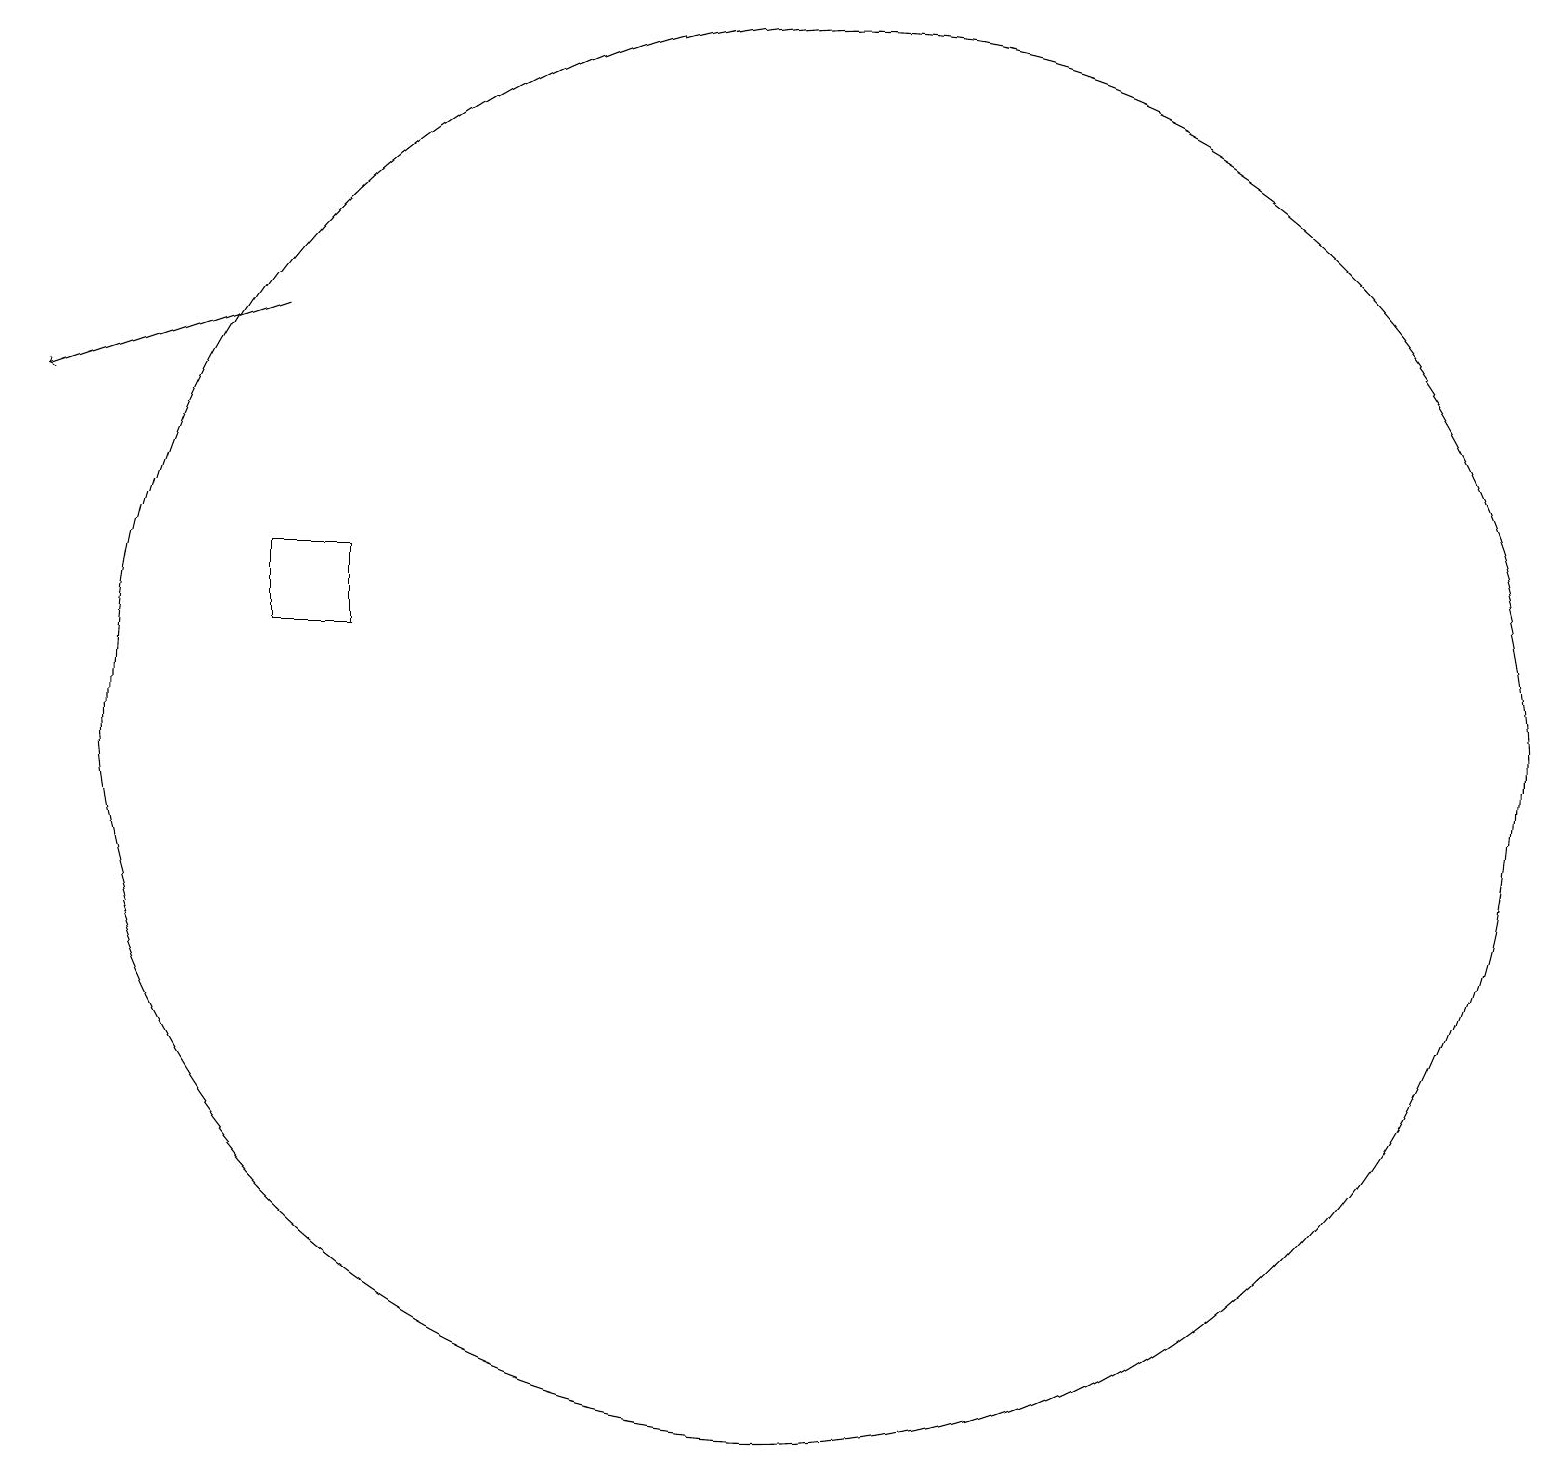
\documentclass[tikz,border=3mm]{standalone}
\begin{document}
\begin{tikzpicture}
\draw[->] (5,15) -- (2,14);
\draw (12,10) circle (9);
\draw (5,11) rectangle (6,12);
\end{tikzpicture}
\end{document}